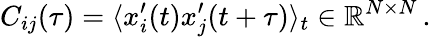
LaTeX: C_{ij}(\tau)=\langle x_{i}^{\prime}(t)x_{j}^{\prime}(t+\tau)\rangle_{t}\in\mathbb{R}^{N\times N}\, .